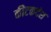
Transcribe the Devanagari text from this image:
कीटकदंश